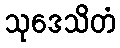
သုဒေသိတံ